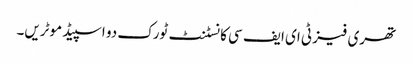
تھری فیز ٹی ای ایف سی کانسٹنٹ ٹورک دو اسپیڈ موٹریں۔